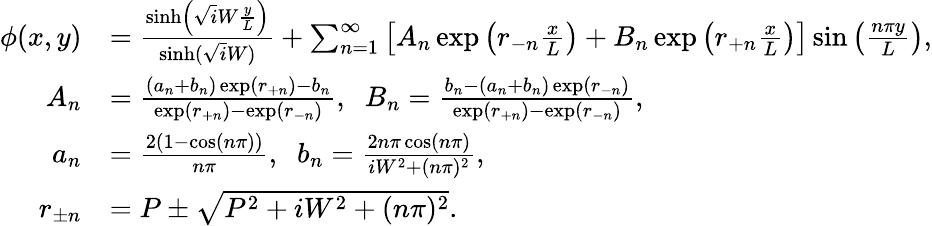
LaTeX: \begin{array}{rl}{\phi(x,y)}&{=\frac{\sinh\left(\sqrt iW\frac{y}{L}\right)}{\sinh(\sqrt iW)}+\sum_{n=1}^{\infty}\left[A_{n}\exp\left(r_{-n}\frac{x}{L}\right)+B_{n}\exp\left(r_{+n}\frac{x}{L}\right)\right]\sin\left(\frac{n\pi y}{L}\right),}\\ {A_{n}}&{=\frac{(a_{n}+b_{n})\exp(r_{+n})-b_{n}}{\exp(r_{+n})-\exp(r_{-n})},\; \; B_{n}=\frac{b_{n}-(a_{n}+b_{n})\exp(r_{-n})}{\exp(r_{+n})-\exp(r_{-n})},}\\ {a_{n}}&{=\frac{2(1-\cos(n\pi))}{n\pi},\; \; b_{n}=\frac{2n\pi\cos(n\pi)}{iW^{2}+(n\pi)^{2}},}\\ {r_{\pm n}}&{=P\pm\sqrt{P^{2}+iW^{2}+(n\pi)^{2}}.}\end{array}